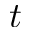
t